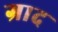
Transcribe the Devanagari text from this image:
ग्राद